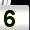
Digit: 5